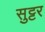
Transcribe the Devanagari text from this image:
सुट्टर